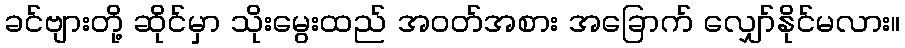
ခင်ဗျားတို့ ဆိုင်မှာ သိုးမွေးထည် အဝတ်အစား အခြောက် လျှော်နိုင်မလား။